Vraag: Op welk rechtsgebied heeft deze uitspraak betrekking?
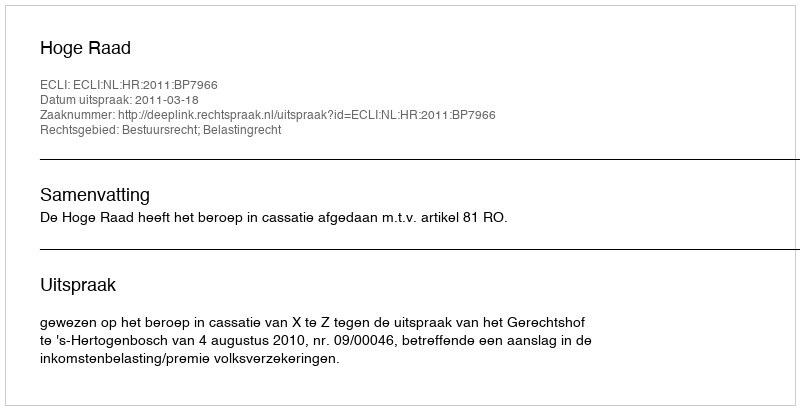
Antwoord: Bestuursrecht; Belastingrecht